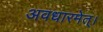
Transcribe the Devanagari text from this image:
अवधारमेत्।